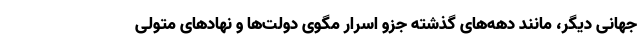
جهانی دیگر، مانند دهه‌های گذشته جزو اسرار مگوی دولت‌ها و نهادهای متولی